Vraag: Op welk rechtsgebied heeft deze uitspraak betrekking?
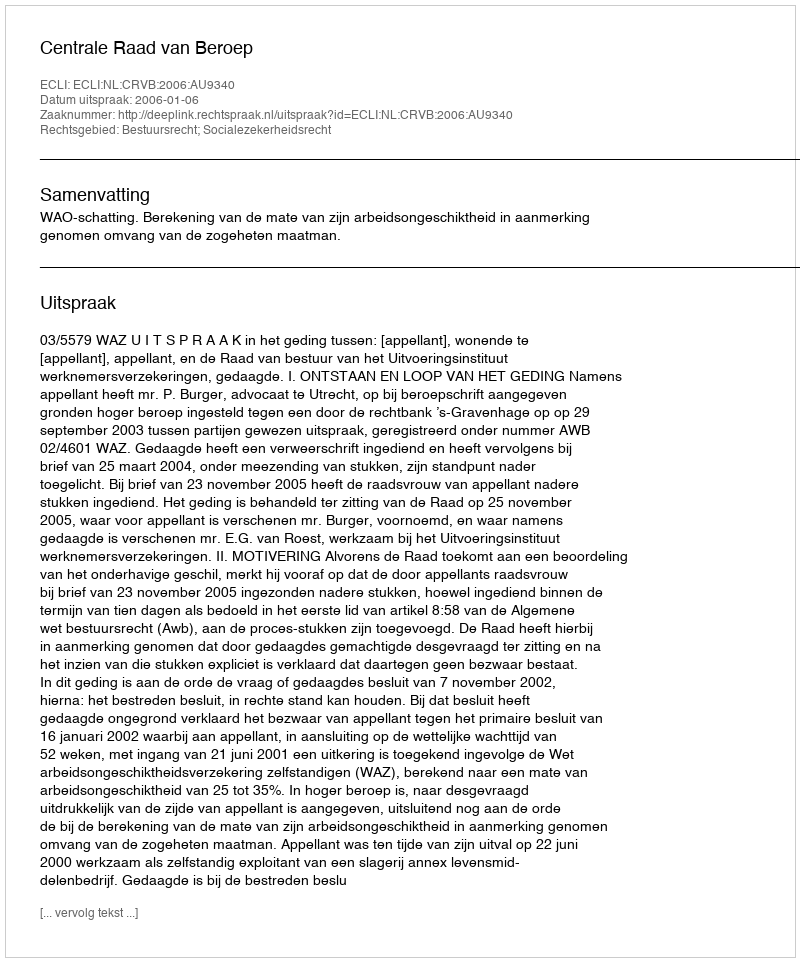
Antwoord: Bestuursrecht; Socialezekerheidsrecht